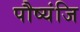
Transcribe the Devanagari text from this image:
पौष्यंजि